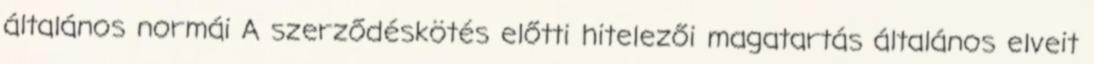
általános normái A szerződéskötés előtti hitelezői magatartás általános elveit